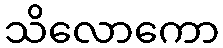
သိလောကော